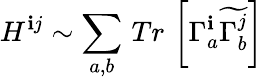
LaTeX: H^{\mathbf{i}j}\sim\sum_{a,b}\, Tr\, \left[\Gamma_{a}^{\mathbf{i}}\widetilde{{\Gamma_{b}^{j}}}\right]